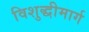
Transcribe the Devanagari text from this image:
विशुद्धीमार्ग